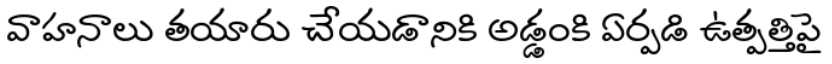
వాహనాలు తయారు చేయడానికి అడ్డంకి ఏర్పడి ఉత్పత్తిపై